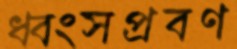
ধ্বংসপ্রবণ